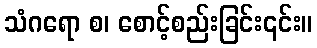
သံဂရော စ၊ စောင့်စည်းခြင်း၎င်း။